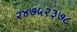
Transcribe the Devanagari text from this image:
२४७५२३७८